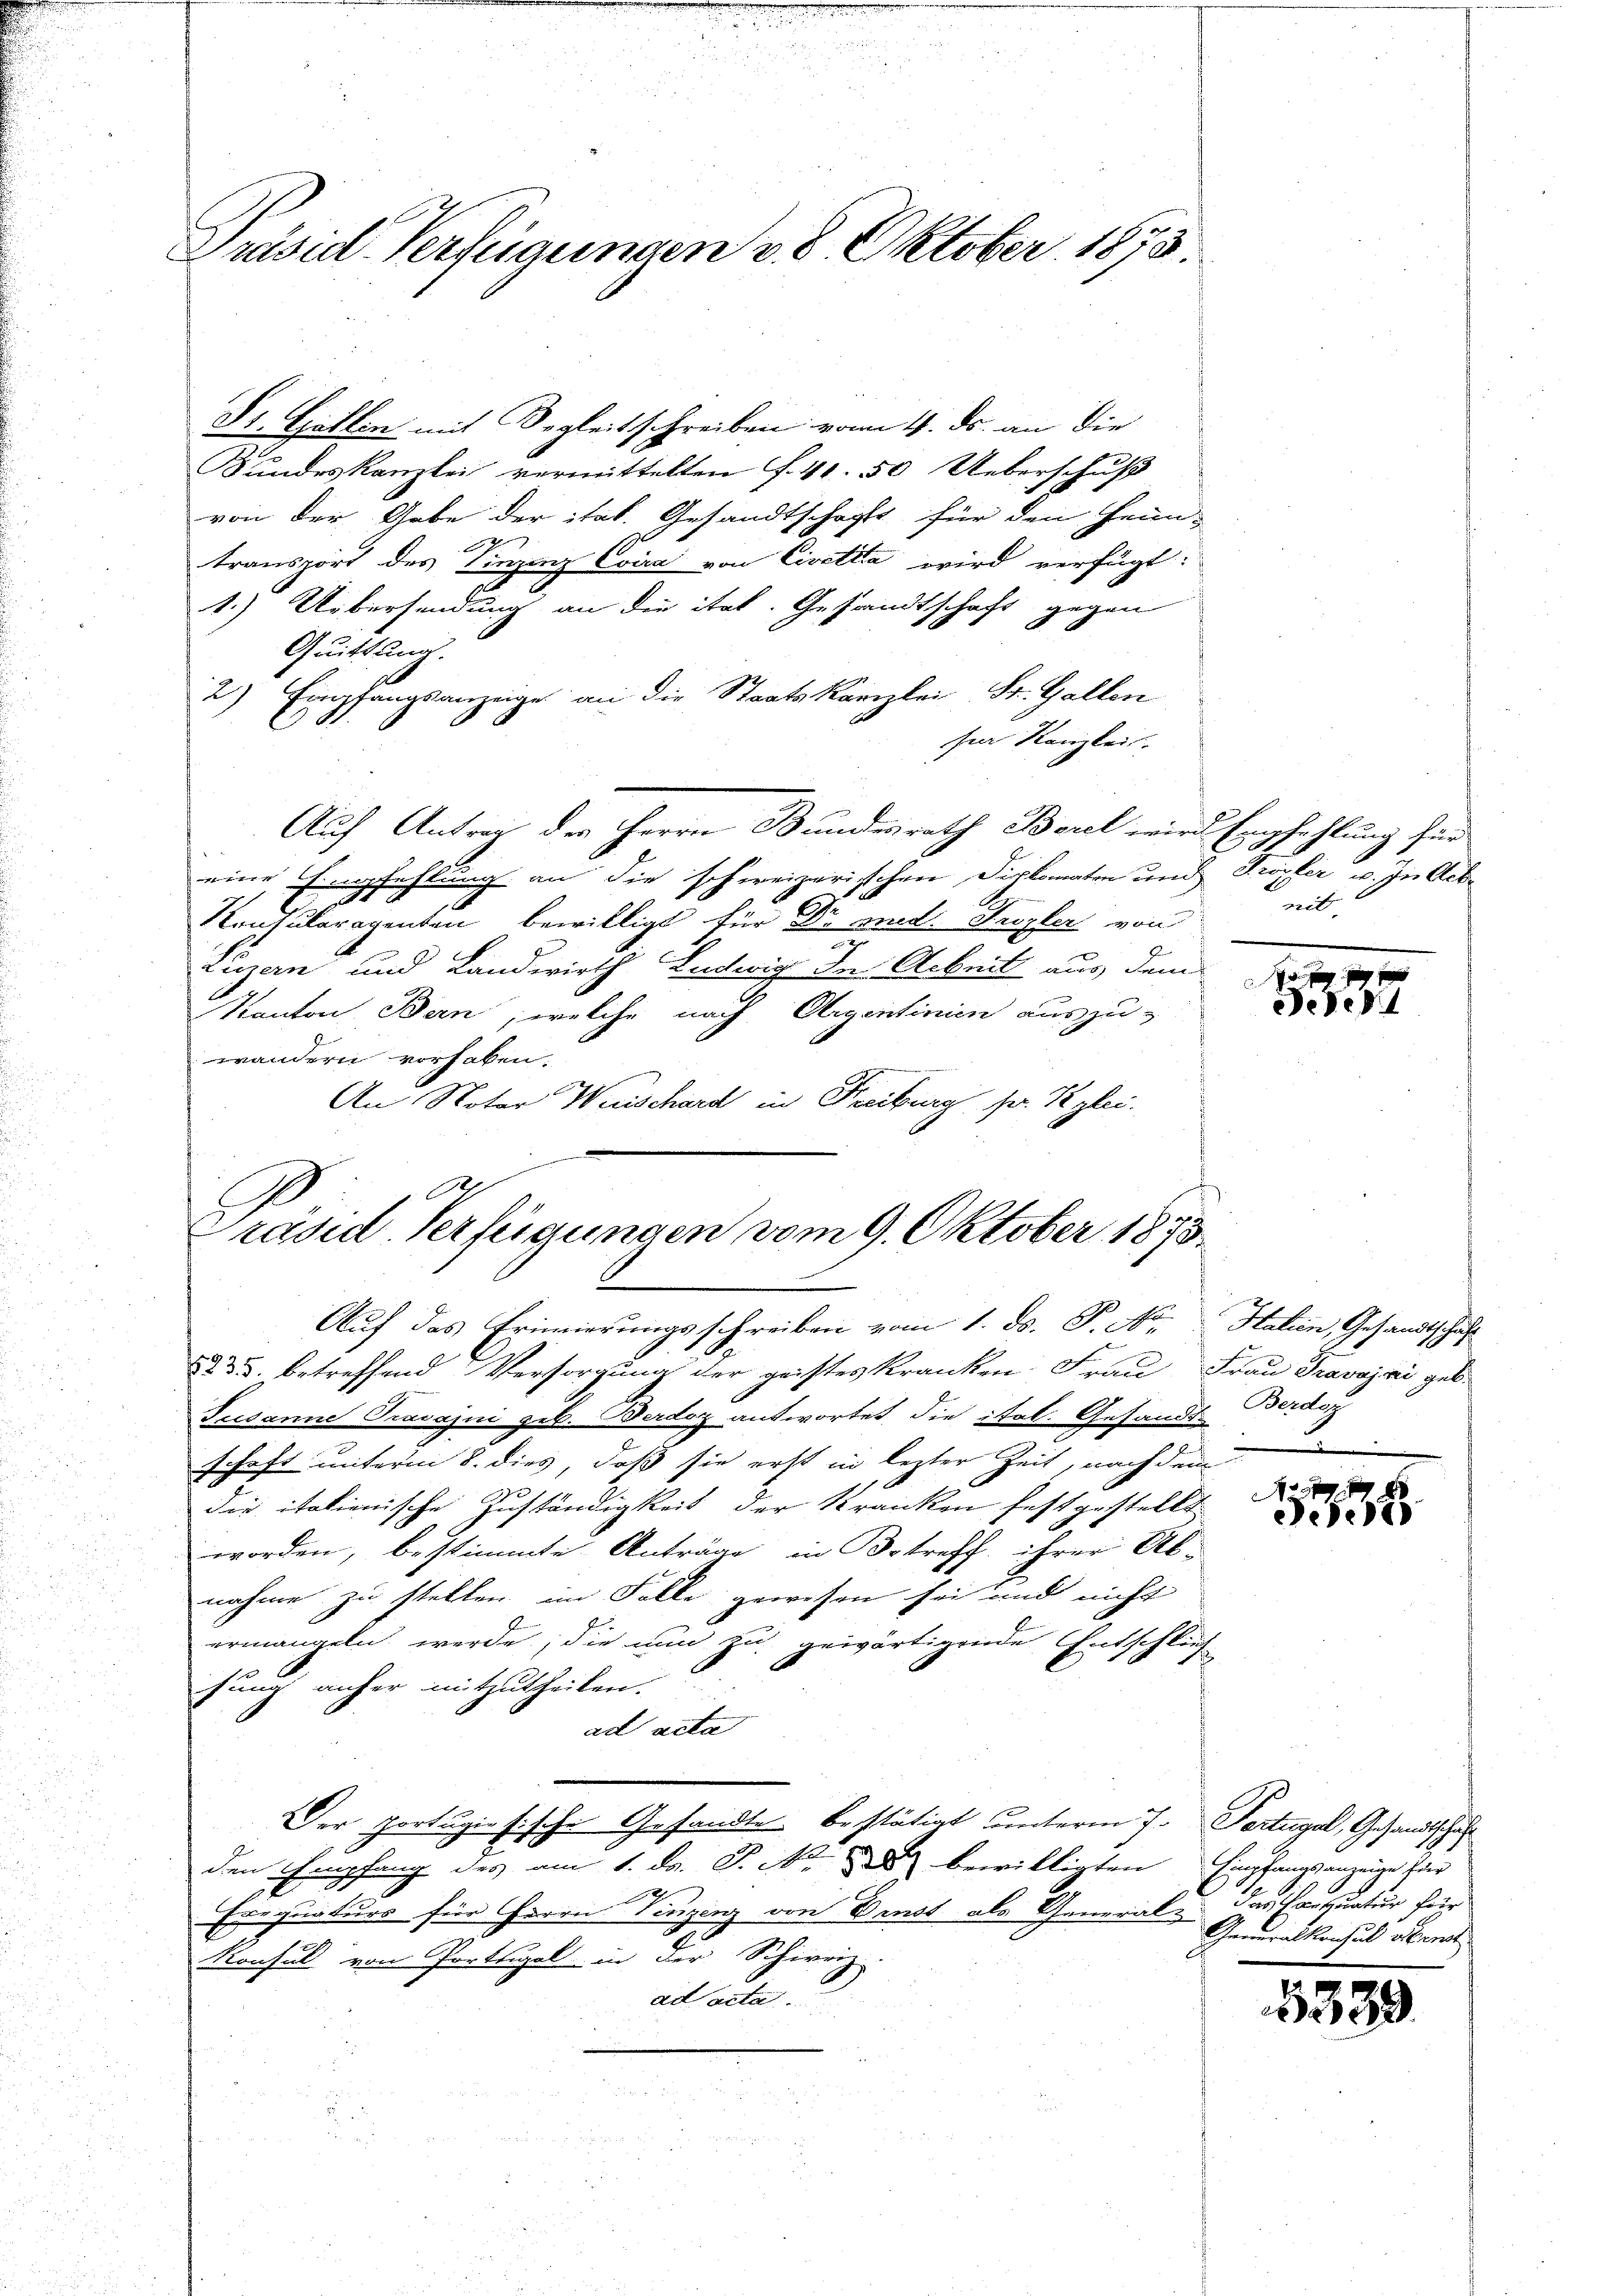
Präsid. Verfügungen 28 Oktober 1875.

Dr. Gallen mit Begleitschreiben vom 4. ds. an die
Bundeskanzlei vermittelten f. 41. 50 Ueberschuß
von der Gabe der ital. Gesandtschafft für den Feun-
2
transport des Vinzenz Coira von Civitia wird verfügt:
1.) Uebersendung an die ital. Gesandtschaft gegen
Quittung.
2) Empfangsanzeige an die Staatskanzlei St. Gallen
see Kanzlei
Auf Antrag der Herrn Bundesrath Borel wird Empfehlung für
eine Empfehlung an die schweizerischen Diplomaten und Kropfer u. In Ack¬
Kontuleragenten bewilligt für Dr med. Herzler von
Luzern und Landwirth Ludwig In Arbeit aus dem
Kanton Bern, welche nach Argentinien auszu-
wandern vorhaben.
An Notar Wunschard in Freiburg sr. Kgleie

A
Präsid. Verfügungen vom 9. Oktober 1873.

Auf das Erinnerungsschreiben vom 1. ds. P. Nr. Hatten, Gesandtschaft
 35. betreffend Versorgung der geistes kranken Frau Frau Travojai geb.
Susanne Prosajni geb. Berdor antwortet, die ital. Gesandt-
schaft unterm 8. dies, daß sie erst in lezter Zeit, nachdem de
die italienische Zuständigkeit der Kranken festgestellt
worden, bestimmte Anträge in Betreff ihrer Ab-
nahme zu stellen im Falle gewesen sei und nicht
ermangeln werde; die nun zu gewärtigende Entschluch
sung anher mitzutheilen.
ad acta
Der portugiosische Gesandte bestätigt unterm 7. Fertigel, Gesandtschaf
den Empfang des am 1. ds. S. Nr. 2 bewilligten
Erequaturs für Herrn Vinzenz von Drust als General das Exequatur für
Konsul von Portugal in der Schweiz.
ad acta
2 1890

mit.

e
Deed

Berdor

7
536

Empfangsanzeige der
Generalkonsul vent

5339